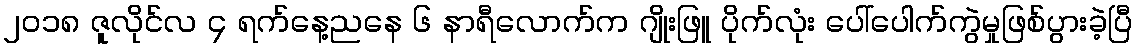
၂၀၁၈ ဇူလိုင်လ ၄ ရက်နေ့ညနေ ၆ နာရီလောက်က ဂျိုးဖြူ ပိုက်လုံး ပေါ်ပေါက်ကွဲမှုဖြစ်ပွားခဲ့ပြီ